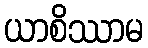
ယာစိဿာမ